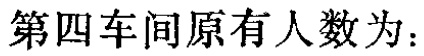
第四车间原有人数为：